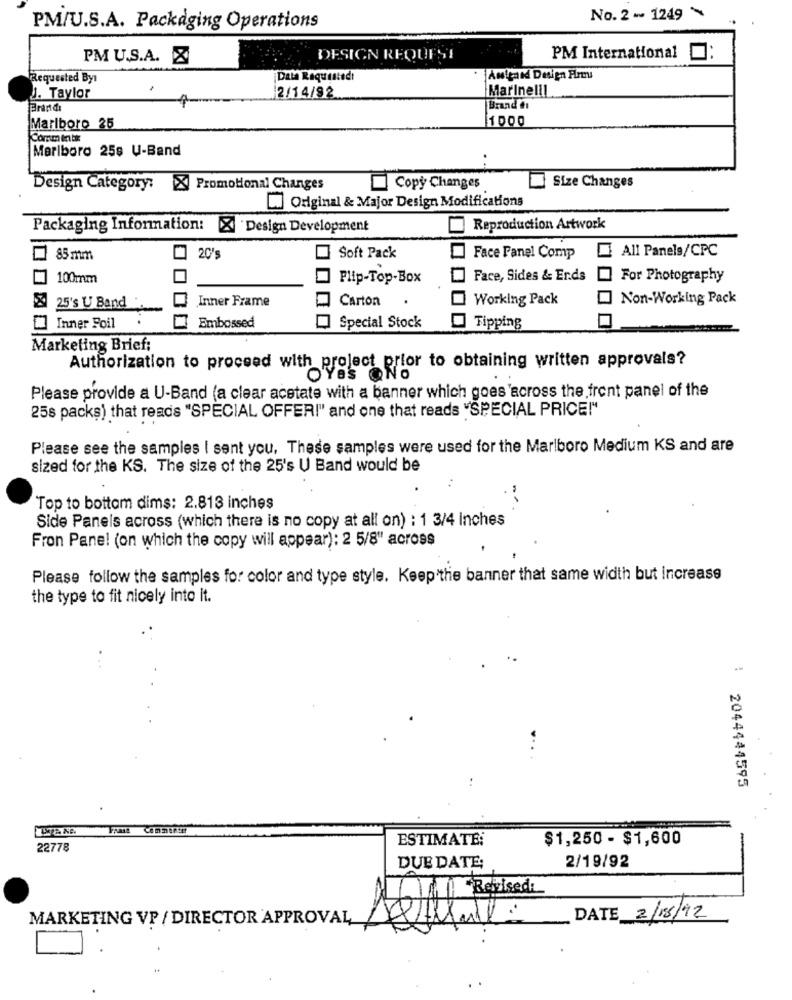
No.2-1249
PM/U.S.A. Packaging Operations
PM U.S.A. &
DESIGN REQUEST
PM International
0:
Requested By
¡Data Requestedı
Antyand Design Firm
Marinell!
J. Taylor
2/14/92
Brand tı
1000
Marlboro 25
Marlboro 25s U-Band
Design Category: X Promotional Changes
Copy Changes
Size Changes
Original & Major Design Modifications
Packaging Information: X Design Development
Reproduction Artwork
All Panels/CPC
85 mm
20'
Soft Pack
Face Panel Comp
100mm
Flip-Top-Box
Face, Sides & Erds
For Photography
Inner Frame
Carton
Working Pack
Non-Working Pack
25's U Band
Inner Foil
Embossed
Special Stock
Tipping
Marketing Brief:
Authorization to proceed with project prior to obtaining written approvals?
Please provide a U-Band (a clear acetate with a banner which goes across the front panel of the
25s packs) that reads "SPECIAL OFFER!" and one that reads "SPECIAL PRICE!"
Please see the samples I sent you, These samples were used for the Marlboro Medium KS and are
sized for the KS. The size of the 25's U Band would be
Top to bottom dims: 2.813 inches
Side Panels across (which there is no copy at all on) : 1 3/4 Inches
Fron Panel (on which the copy will appear): 2 5/8" across
Please follow the samples for color and type style. Keep the banner that same width but increase
the type to fit nicely into it.
-
2044444595
ESTIMATE;
$1,250 - $1,600
22778
2/19/92
DUE DATE;
Revised:
MARKETING VP / DIRECTOR APPROVAL
DATE 2/18/92